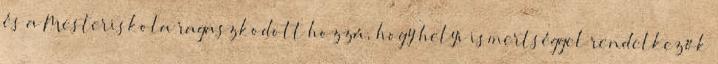
és a Mesteriskola ragaszkodott hozzá, hogy helyi ismertséggel rendelkezők